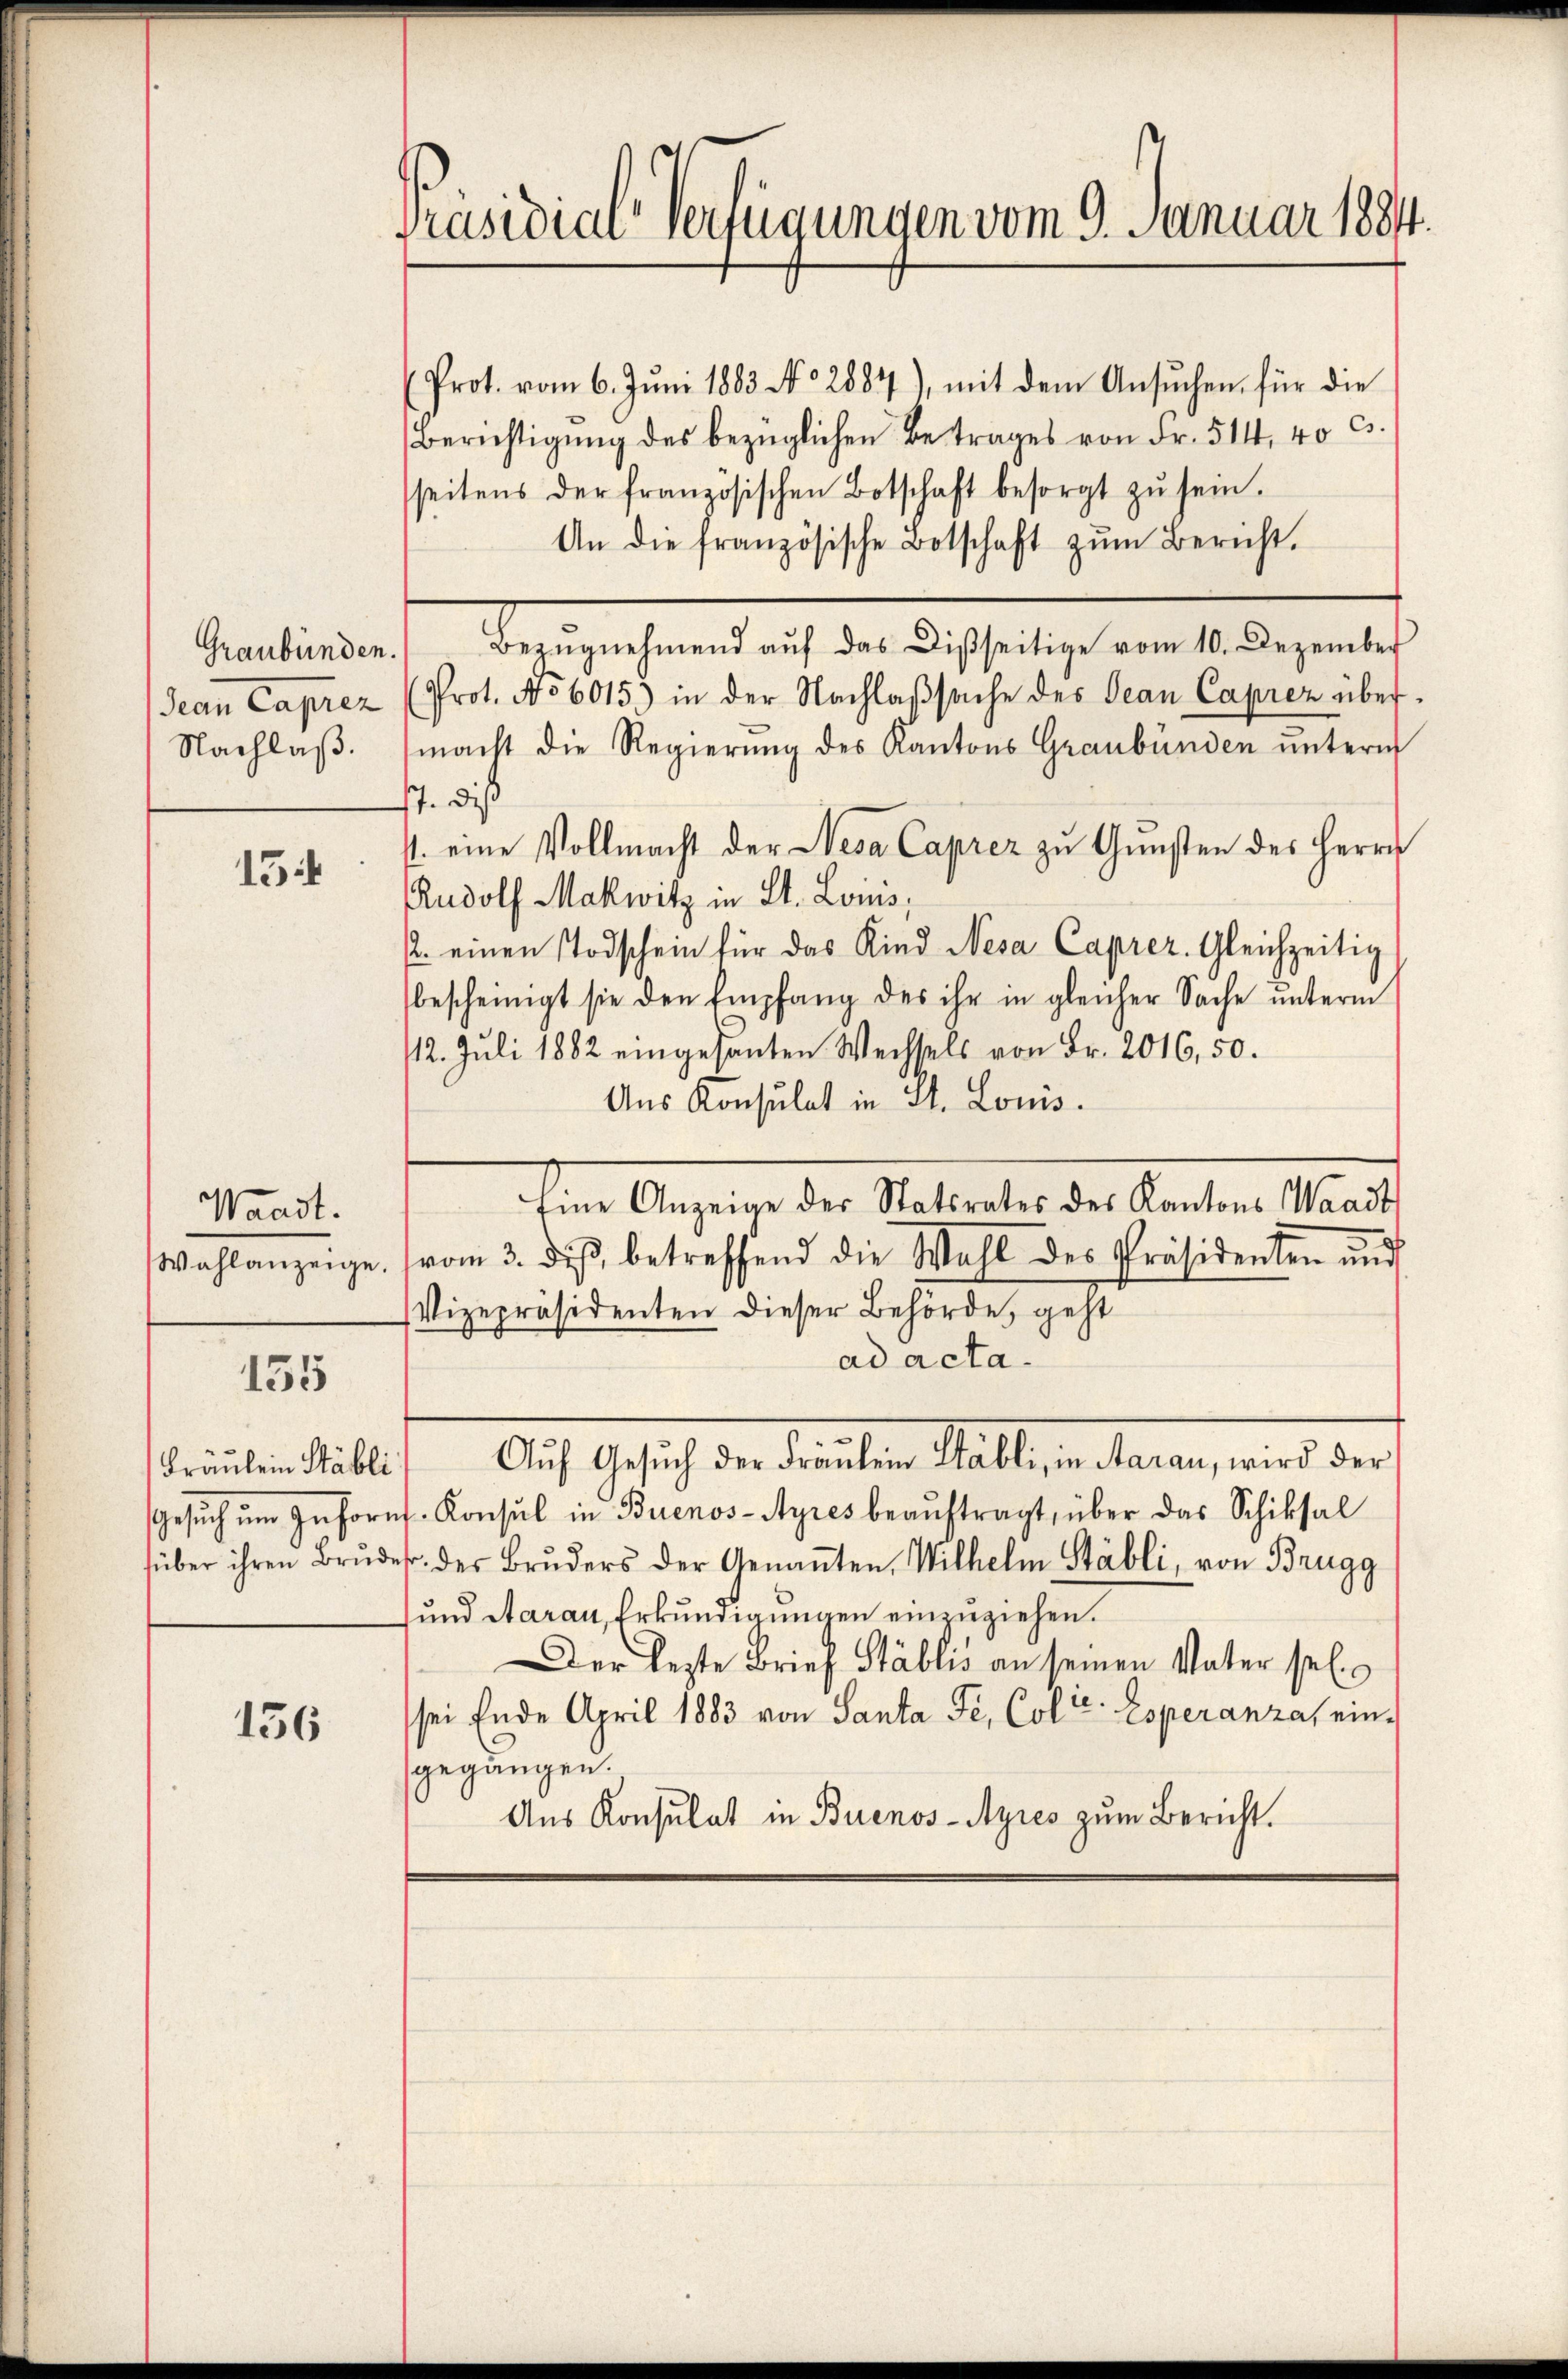
154

Waadt.

155

Fräulein Stäbli

136

Präsidial-Verfügungen vom 9. Januar 1884.

(Prot. vom 6. Juni 1883 No 2887), mit dem Ansŭchen für die
Berichtigŭng des bezüglichen Betrages von Fr. 514, 40 C.
seitens der französischen Botschaft besorgt zŭ sein.
An die französische Botschaft zŭm Bericht.
Graubünden. Bezŭgnehmend aŭf das Disseitige vom 10. Dezember
Jean Caprez (Prot. No 6015) in der Nachlaβsache des Jean Caprez über¬
Nachlaβ. macht die Regierŭng des Kantons Graubünden ŭntern
17. Dis
11. eine Vollmacht der Nesa Caprez zu Gunsten des Herrn
Rudolf Makwitz in St. Louis,
2. einen Todschein für das Kind Nesa Caprez. Gleichzeitig
bescheinigt sie den Empfang des ihr in gleicher Sache ŭnterm
112. Juli 1882 eingesanten Wechsels von Fr. 2016,50.
Ans Konsulat in St. Louis.
ten Anzeige der Stadtrates der Kantons Staats
Wahlanzeige. (vom 3. diβ betreffend die Wahl des Präsidenten und
Vizepräsidenten dieser Behörde, geht
ad acta.
Auf Gesich der darunten Stattenen Marien, wird der
Gesuch um Inforn. Konsul in Buenos-Ayres beauftragt, über das Schiksal
über ihren Brŭder des Bruders der Genannten, Wilhelm Stäbli, von Brugg
und Aarau, Erkundigungen einzuziehen.
Der lezte Brief Stablis an seinen Vater sel
sei Ende April 1883 von Santa Fe, Coli Esperanza, eingegängen.
Aus Konsulat in Buenos-Ayres zum Bericht.